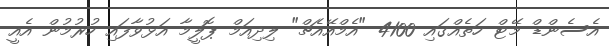
އެސެންޑް މޭޓް ހަތެއްގައި 4100 "އެމްއޭއެޗް" ލިދިއަމް ޕޮލީމާ އަޅުވާފައި ހުރުމުން އެއީ